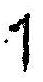
1